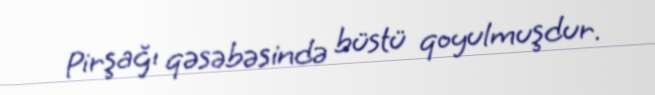
Pirşağı qəsəbəsində büstü qoyulmuşdur.